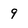
Character: 9